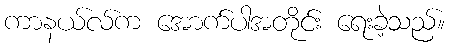
ကာနယ်လ်က အောက်ပါအတိုင်း ရေးခဲ့သည်။